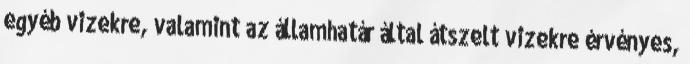
egyéb vizekre, valamint az államhatár által átszelt vizekre érvényes,